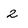
Character: 2